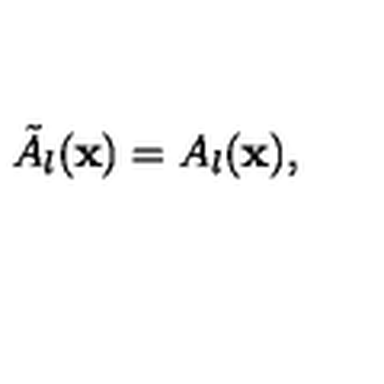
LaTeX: \tilde { A } _ { l } ( { \bf x } ) = A _ { l } ( { \bf x } ) ,